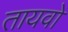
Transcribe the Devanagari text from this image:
तायवो